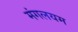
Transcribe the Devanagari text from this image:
मंगलयम